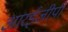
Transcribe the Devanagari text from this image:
आरईजीपी